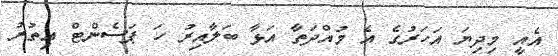
އެއީ މިދިޔަ އަހަރުގެ އެ މުއްދަތާ އަޅާ ބަލާއިރު ހަ ޕަސެންޓް އިތުރު